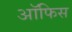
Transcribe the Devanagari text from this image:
अॉफिस